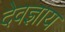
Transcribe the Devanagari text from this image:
देवज्ञाय